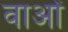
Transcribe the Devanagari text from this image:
वाओं